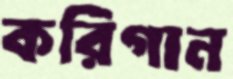
করিগান